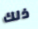
ذلك